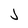
Character: J